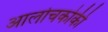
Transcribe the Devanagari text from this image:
आलोचकोकी